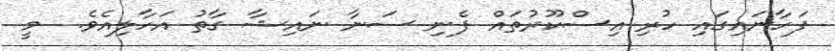
ފަހާނައިގައި ހުރި އިސްކޫރުތައް ފެނި ސަނާ ނައިޝާ ގާތު އަހާލިއެވެ.  މީ